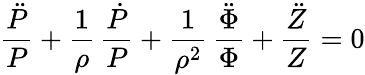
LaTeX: {\frac{\ddot{P}}{P}}+{\frac{1}{\rho}}\, {\frac{\dot{P}}{P}}+{\frac{1}{\rho^{2}}}\, {\frac{\ddot{\Phi}}{\Phi}}+{\frac{\ddot{Z}}{Z}}=0